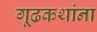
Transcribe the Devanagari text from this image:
गूढकथांना